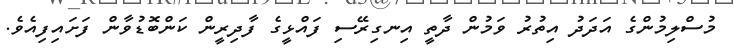
މުސްލިމުންގެ އަދަދު އިތުރު ވަމުން ދާތީ އިނގިރޭސި ފައްޅީގެ ފާދިރީން ކަންބޮޑުވާން ފަށައިފިއެވެ.